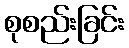
စုစည်းခြင်း